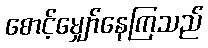
စောင့်မျှော်နေကြသည်